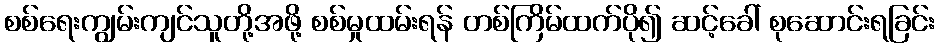
စစ်ရေးကျွမ်းကျင်သူတို့အဖို့ စစ်မှုထမ်းရန် တစ်ကြိမ်ထက်ပို၍ ဆင့်ခေါ် စုဆောင်းရခြင်း